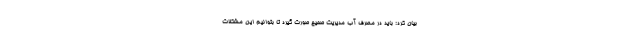
بیان کرد: باید در مصرف آب مدیریت صحیح صورت گیرد تا بتوانیم این مشکلات